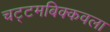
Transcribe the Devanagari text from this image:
चट्टमबिक्कवला